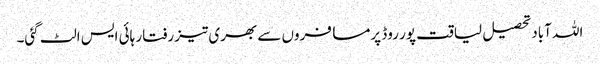
اللہ آباد تحصیل لیاقت پور روڈ پرمسافروں سے بھری تیز رفتار ہائی ایس الٹ گئی۔